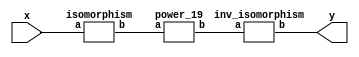
`timescale 1ns/100ps
module SMSS32_19_np_11_2(x,y);
	 input [5:0] x;
	 output [5:0] y;
	 wire [5:0] w;
	 wire [5:0] p;
	 isomorphism C2 (x,w);
	 power_19 C3 (w,p);
	 inv_isomorphism C4 (p,y);
endmodule

module add_base(a,b,c);
	 input [2:0] a;
	 input [2:0] b;
	 output [2:0] c;
	 assign c[0]=a[0]^b[0];
	 assign c[1]=a[1]^b[1];
	 assign c[2]=a[2]^b[2];
endmodule

module multiplication_base(a,b,c);
	 input [2:0] a;
	 input [2:0] b;
	 output [2:0] c;
	 assign c[0]=(a[0]&b[0])^(a[1]&b[2])^(a[2]&b[1])^(a[2]&b[2]);
	 assign c[1]=(a[0]&b[1])^(a[1]&b[0])^(a[2]&b[2]);
	 assign c[2]=(a[2]&b[0])^(a[1]&b[1])^(a[0]&b[2])^(a[1]&b[2])^(a[2]&b[1])^(a[2]&b[2]);
endmodule

module square_base(a,b);
	 input [2:0] a;
	 output[2:0] b;
	 assign b[0]=a[0]^a[2];
	 assign b[1]=a[2];
	 assign b[2]=a[1]^a[2];
endmodule

module four_base(a,b);
	 input [2:0] a;
	 output[2:0] b;
	 assign b[0]=a[0]^a[1];
	 assign b[1]=a[1]^a[2];
	 assign b[2]=a[1];
endmodule

module power_19(a,b);
	 input [5:0] a;
	 output [5:0] b;
	 wire [2:0] x_0;
	 wire [2:0] x_1;
	 wire [2:0] x_2;
	 wire [2:0] x_3;
	 wire [2:0] x_4;
	 wire [2:0] x_5;
	 wire [2:0] x_6;
	 wire [2:0] y_0;
	 wire [2:0] y_1;
	 assign x_0[0]=a[0];
	 assign x_0[1]=a[1];
	 assign x_0[2]=a[2];
	 assign x_1[0]=a[3];
	 assign x_1[1]=a[4];
	 assign x_1[2]=a[5];
	 add_base  A1 (x_0,x_1,x_2);
	 four_base A2 (x_2,x_3);
	 multiplication_base A3 (x_0,x_1,x_4);
	 square_base  A4 (x_4,x_5);
	 add_base A5 (x_5,x_3,x_6);
	 multiplication_base A6 (x_0,x_6,y_0);
	 multiplication_base A7 (x_1,x_6,y_1);
	 assign b[0]=y_0[0];
	 assign b[1]=y_0[1];
	 assign b[2]=y_0[2];
	 assign b[3]=y_1[0];
	 assign b[4]=y_1[1];
	 assign b[5]=y_1[2];
endmodule

module inv_isomorphism(a,b);
	 input [5:0] a;
	 output [5:0] b;
	 assign b[0]=a[0]^a[2]^a[4]^a[5];
	 assign b[1]=a[1]^a[5];
	 assign b[2]=a[1]^a[3]^a[4];
	 assign b[3]=a[5];
	 assign b[4]=a[1]^a[2];
	 assign b[5]=a[0]^a[1]^a[5];
endmodule

module isomorphism(a,b);
	 input [5:0] a;
	 output [5:0] b;
	 assign b[0]=a[0]^a[2]^a[3];
	 assign b[1]=a[2]^a[3]^a[4]^a[5];
	 assign b[2]=a[1]^a[3];
	 assign b[3]=a[0]^a[1]^a[5];
	 assign b[4]=a[1]^a[2];
	 assign b[5]=a[1]^a[2]^a[4];
endmodule